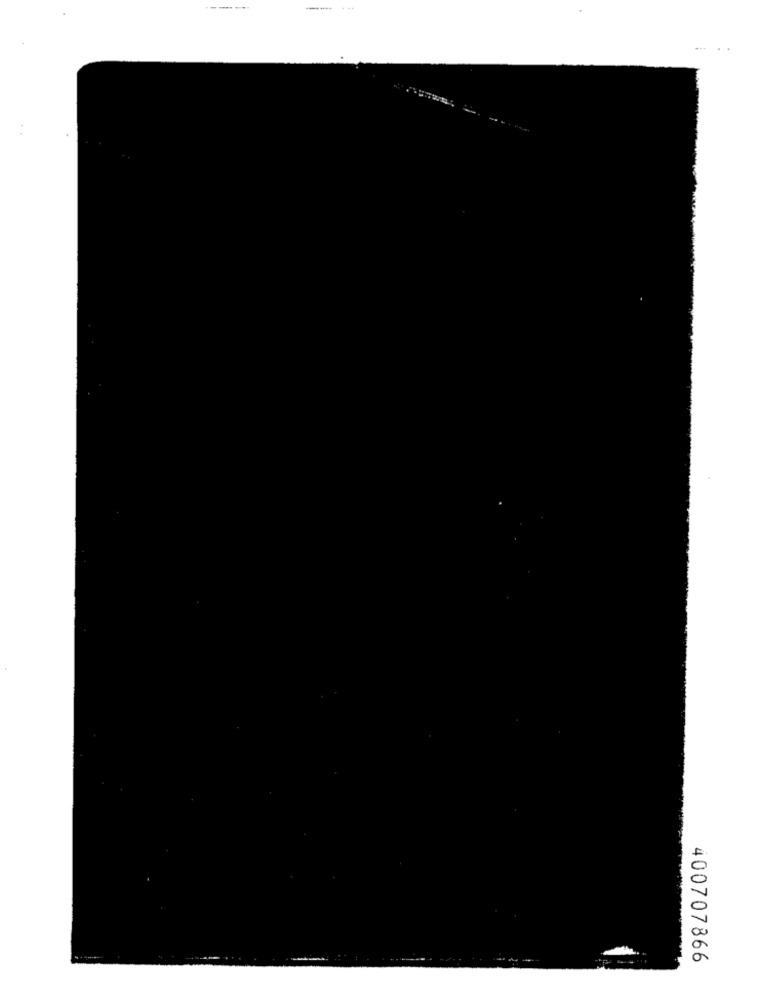
400707866